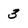
Character: 3